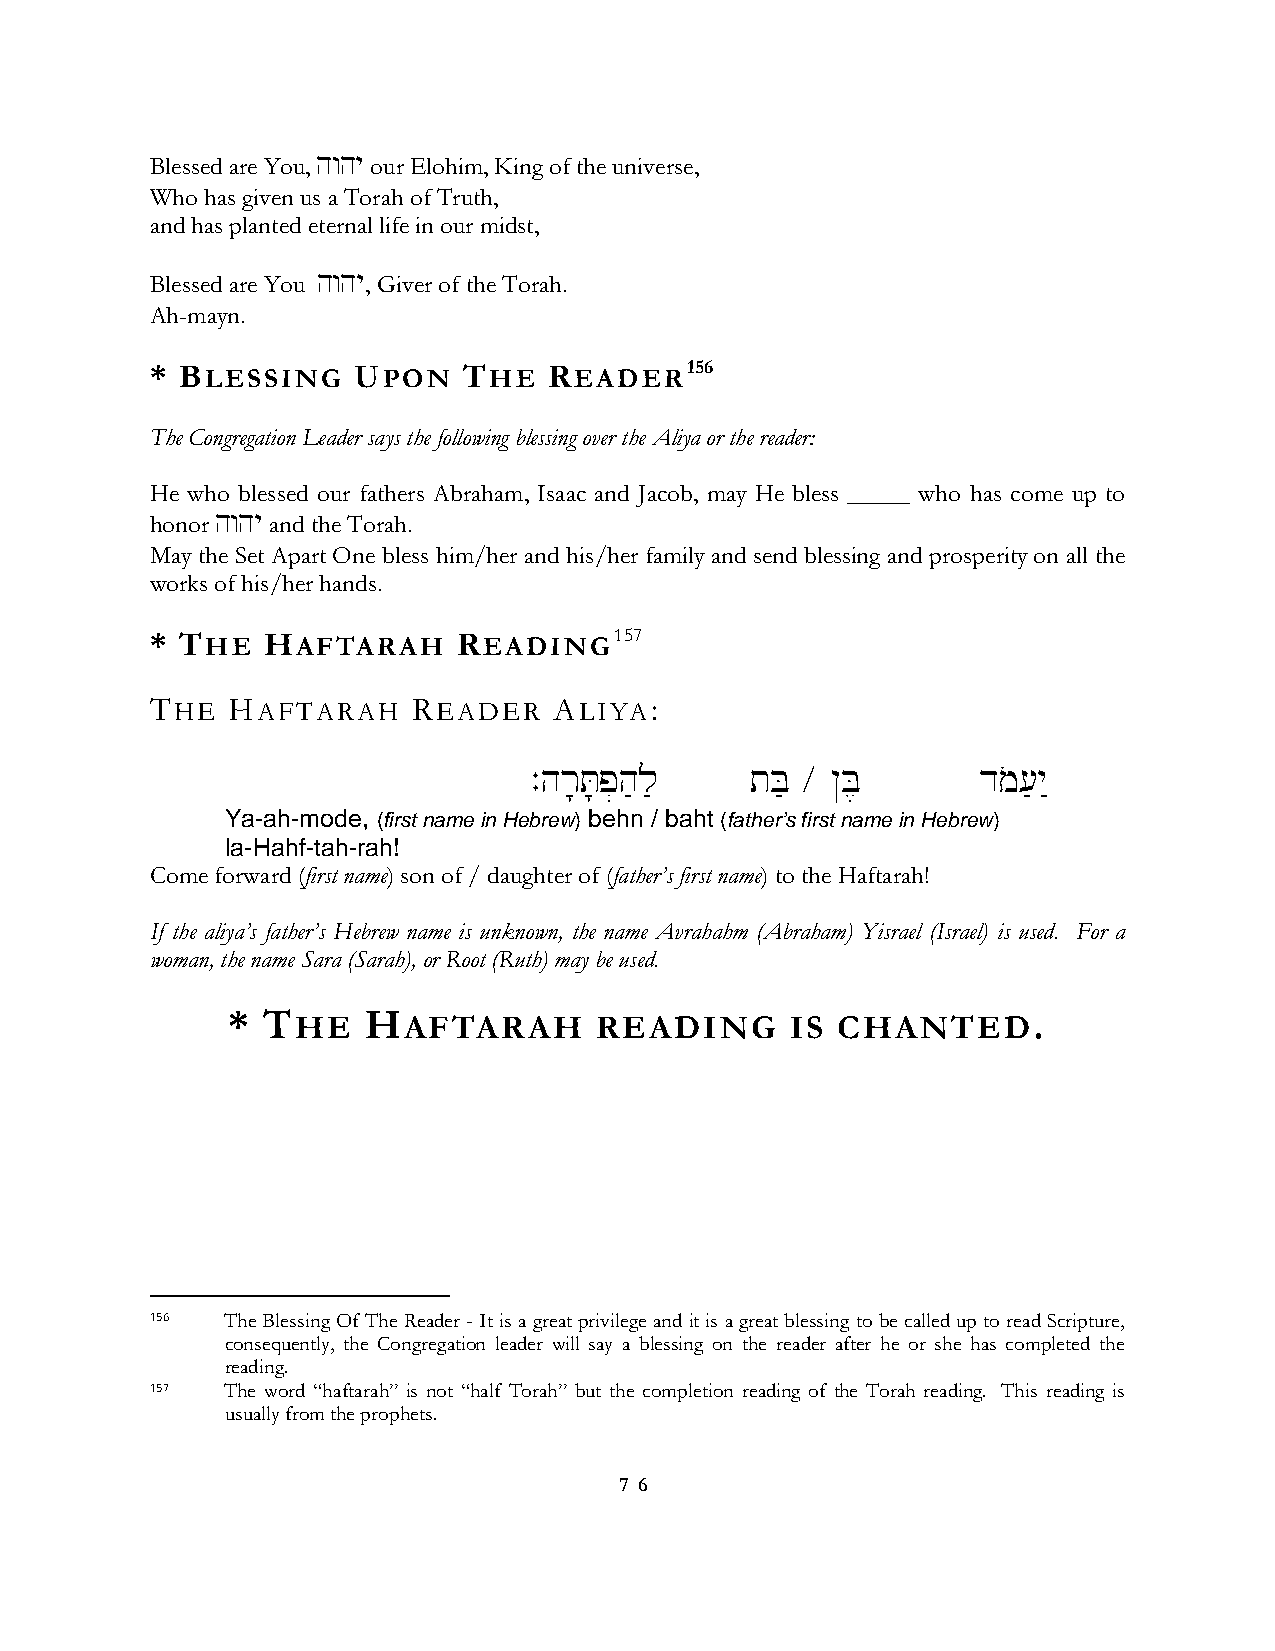
Blessed are You, hwhy our Elohim, King of the universe,
 Who has given us a Torah of Truth,
 and has planted eternal life in our midst,
 Blessed are You hwhy, Giver of the Torah.
 Ah-mayn.
 * BLESSING   UPON    THE  READER156
 The Congregation Leader says the following blessing over the Aliya or the reader:
 He who blessed our fathers Abraham, Isaac and Jacob, may He bless _____ who has come up to
 honor hwhy and the Torah.
 May the Set Apart One bless him/her and his/her family and send blessing and prosperity on all the
 works of his/her hands.
 * THE  HAFTARAH     READING157
 THE  HAFTARAH    READER    ALIYA:
 .hr;T;p]h'l'   tB' ÷ @B,      dmo['y"
 Ya-ah-mode, (first name in Hebrew) behn / baht (father’s first name in Hebrew)
 la-Hahf-tah-rah!
 Come forward (first name) son of / daughter of (father’s first name) to the Haftarah!
 If the aliya’s father’s Hebrew name is unknown, the name Avrahahm (Abraham) Yisrael (Israel) is used. For a
 woman, the name Sara (Sarah), or Root (Ruth) may be used.
 * THE    HAFTARAH       READING      IS CHANTED.
 156  The Blessing Of The Reader - It is a great privilege and it is a great blessing to be called up to read Scripture,
 consequently, the Congregation leader will say a blessing on the reader after he or she has completed the
 reading.
 157  The word “haftarah” is not “half Torah” but the completion reading of the Torah reading. This reading is
 usually from the prophets.
 7 6